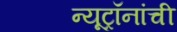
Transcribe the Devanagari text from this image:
न्यूट्रॉनांची